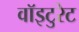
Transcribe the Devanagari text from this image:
वॉइटुरेट